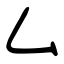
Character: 厶